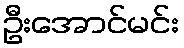
ဦးအောင်မင်း